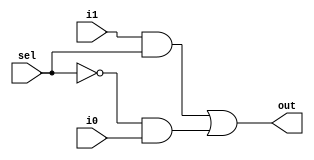
//2-to-1 mux, this is directly from class notes


module MUX2 (i0, i1, sel, out); //your declaration determines how to put the port list when you make instance 
//input and output ports declaration
input i0, i1, sel;
output out;

//local variables
wire o1, o2, o3;

//build-in gate
not g1 (o1, sel);
and g2 (o2, i1, sel);
and g3 (o3, o1, i0);
or g4 (out, o2, o3);

endmodule